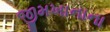
જીમખાનાના